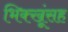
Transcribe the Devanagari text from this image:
भिक्खूंसह